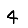
Digit: 4